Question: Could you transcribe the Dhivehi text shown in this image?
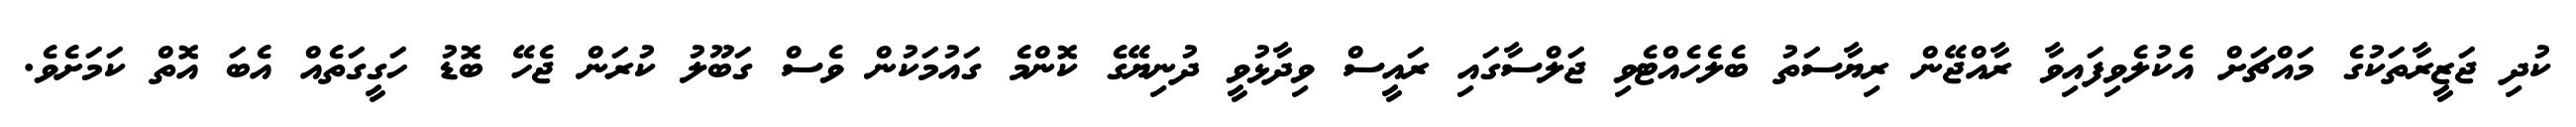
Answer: ކުދި ޖަޒީރާތަކުގެ މައްޗަށް އެކުލެވިފައިވާ ރާއްޖޭން ރިޔާސަތު ބެލެހެއްޓެވި ޖަލްސާގައި ރައީސް ވިދާޅުވީ ދުނިޔޭގެ ކޮންމެ ގައުމަކުން ވެސް ގަބޫލު ކުރަން ޖެހޭ ބޮޑު ހަގީގަތެއް އެބަ އޮތް ކަމަށެވެ.